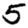
Digit: 5